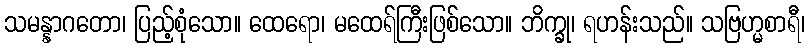
သမန္နာဂတော၊ ပြည့်စုံသော။ ထေရော၊ မထေရ်ကြီးဖြစ်သော။ ဘိက္ခု၊ ရဟန်းသည်။ သဗြဟ္မစာရီ၊